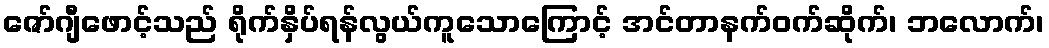
ဇော်ဂျီဖောင့်သည် ရိုက်နှိပ်ရန်လွယ်ကူသောကြောင့် အင်တာနက်ဝက်ဆိုက်၊ ဘလောက်၊